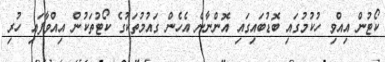
ކޯޓުން އިއްވި ހުކުމުގައި ބޮޑުބައިގައި އޮންނާނެ އެހެން ގައުމުތަކުގެ ކޯޓުތަކުން އިއްވާފައި ހުރި